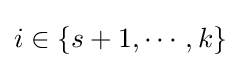
i\in \{s+1,\cdots ,k\}